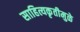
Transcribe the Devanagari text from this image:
साहित्यकृतीमुळे